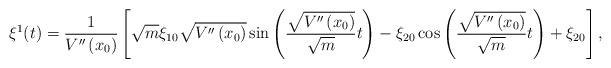
LaTeX: \begin{align*}\xi ^{1}(t)=\frac{1}{V^{\prime \prime }\left( x_{0}\right) }\left[ \sqrt{m}\xi _{10}\sqrt{V^{\prime \prime }\left( x_{0}\right) }\sin \left( \frac{\sqrt{V^{\prime \prime }\left( x_{0}\right) }}{\sqrt{m}}t\right) -\xi_{20}\cos \left( \frac{\sqrt{V^{\prime \prime }\left( x_{0}\right) }}{\sqrt{m}}t\right) +\xi _{20}\right] ,\end{align*}